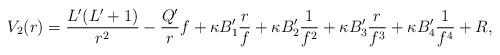
LaTeX: \begin{align*} V_2(r) = \frac{L'(L'+1)}{r^2} - \frac{Q'}{r}f + \kappa B'_1 \frac{r}{f} + \kappa B'_2 \frac{1}{f^2} + \kappa B'_3 \frac{r}{f^3} + \kappa B'_4 \frac{1}{f^4} + R,\end{align*}